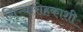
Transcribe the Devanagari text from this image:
गिऱ्यारोहकाशी